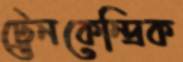
ট্রেনকেন্দ্রিক